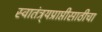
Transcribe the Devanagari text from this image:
स्वातंत्र्यप्राप्तीसाठीचा